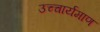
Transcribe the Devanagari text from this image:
उच्चार्यमाण